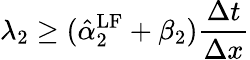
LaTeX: \lambda_{2}\geq(\hat{\alpha}_{2}^{\mathrm{{LF}}}+\beta_{2})\frac{\Delta t}{\Delta x}